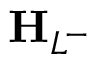
\mathbf { H } _ { L ^ { - } }